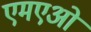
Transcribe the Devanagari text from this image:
एमएओ